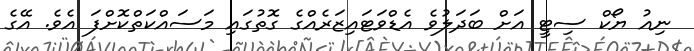
ނިއު ޔޯކް ސިޓީ އަށް ބަދަލުވެ އެޑްވަޓައިޒަރެއްގެ ގޮތުގައި މަސައްކަތްކޮށްފަ އެވެ. އޭގެ